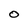
Character: O